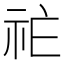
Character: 𱵇